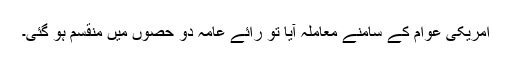
امریکی عوام کے سامنے معاملہ آیا تو رائے عامہ دو حصوں میں منقسم ہو گئی۔